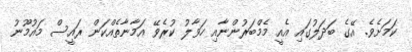
ކަމަށެވެ. އޭގެ ބަދަލުގައި އެއީ މެމްބަރުންނާއި ހަވާލު ކުރެވޭ އަމާނާތެއްކަން ރައީސް މައުމޫނު